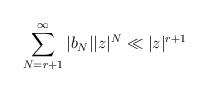
LaTeX: \begin{align*} \sum_{N=r+1}^\infty |b_N||z|^N\ll |z|^{r+1} \end{align*}